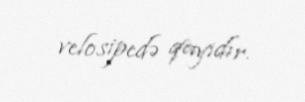
velosipedə qayıdır.